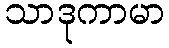
သာဒုကာမာ